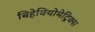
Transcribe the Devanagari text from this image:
बिहेवियोमेट्रिक्स